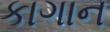
કાગાન